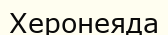
Херонеяда